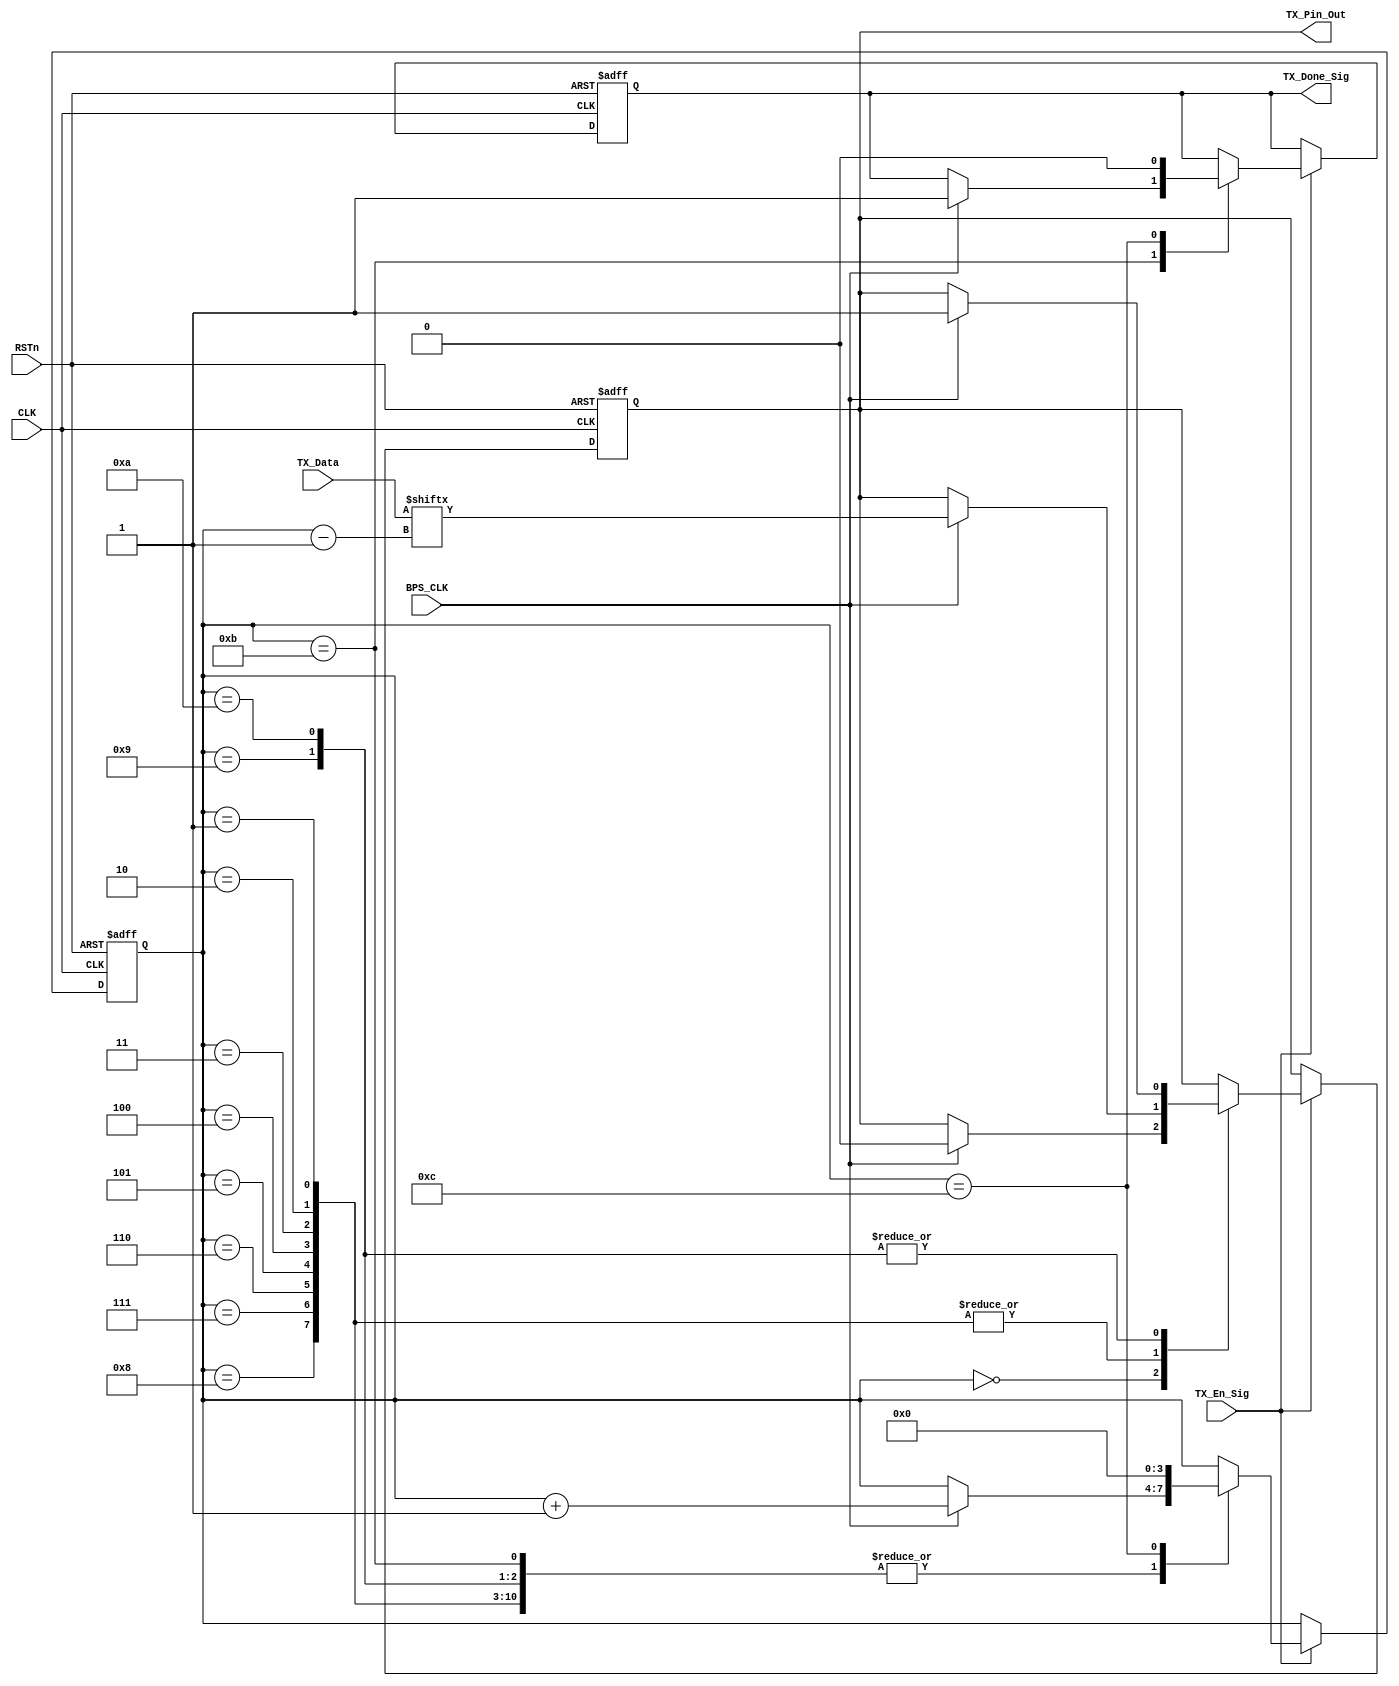
module tx_control_module
(
    CLK, RSTn,
	 TX_En_Sig, TX_Data, BPS_CLK, 
    TX_Done_Sig, TX_Pin_Out
	 
);

    input CLK;
	 input RSTn;
	 
	 input TX_En_Sig;
	 input [7:0]TX_Data;
	 input BPS_CLK;
	 
	 output TX_Done_Sig;
	 output TX_Pin_Out;
	 
	 /********************************************************/

	 reg [3:0]i;
	 reg rTX;
	 reg isDone;
	
	 always @ ( posedge CLK or negedge RSTn )
	     if( !RSTn )
		      begin
		          i <= 4'd0;
					 rTX <= 1'b1;
					 isDone 	<= 1'b0;
				end
		  else if( TX_En_Sig )
		      case ( i )
				
			       4'd0 :
					 if( BPS_CLK ) begin i <= i + 1'b1; rTX <= 1'b0; end
					 
					 4'd1, 4'd2, 4'd3, 4'd4, 4'd5, 4'd6, 4'd7, 4'd8 :
					 if( BPS_CLK ) begin i <= i + 1'b1; rTX <= TX_Data[ i - 1 ]; end
					 
					 4'd9 :
					 if( BPS_CLK ) begin i <= i + 1'b1; rTX <= 1'b1; end
					 			 
					 4'd10 :
					 if( BPS_CLK ) begin i <= i + 1'b1; rTX <= 1'b1; end
					 
					 4'd11 :
					 if( BPS_CLK ) begin i <= i + 1'b1; isDone <= 1'b1; end
					 
					 4'd12 :
					 begin i <= 4'd0; isDone <= 1'b0; end
				 
				endcase
				
    /********************************************************/
	 
	 assign TX_Pin_Out = rTX;
	 assign TX_Done_Sig = isDone;
	 
	 /*********************************************************/
	 
endmodule